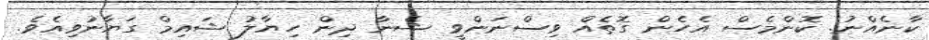
ކާނެއްނު. ކޮންމެސް އެހެން ގޮތެއް ވިސްނަންވީ ޝެނާ ދިން ހިޔާލު ޝައިމް ގަޔާނުވިއެވެ.